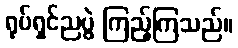
ရုပ်ရှင်ညပွဲ ကြည့်ကြသည်။